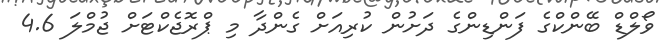
ވޯލްޑް ބޭންކްގެ ފަންޑިންގެ ދަށުން ކުރިއަށް ގެންދާ މި ޕްރޮޖެކްޓަށް ޖުމްލަ 4.6